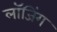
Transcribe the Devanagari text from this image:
लॉजिंग